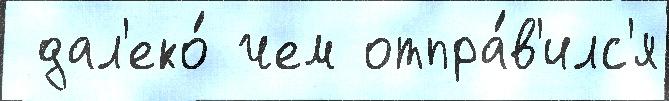
 дал'еко́ чем отпра́в'илс'я